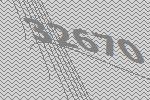
32670